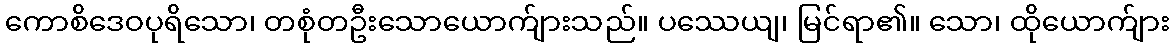
ကောစိဒေဝပုရိသော၊ တစုံတဦးသောယောက်ျားသည်။ ပဿေယျ၊ မြင်ရာ၏။ သော၊ ထိုယောက်ျား